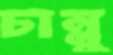
চান্নু